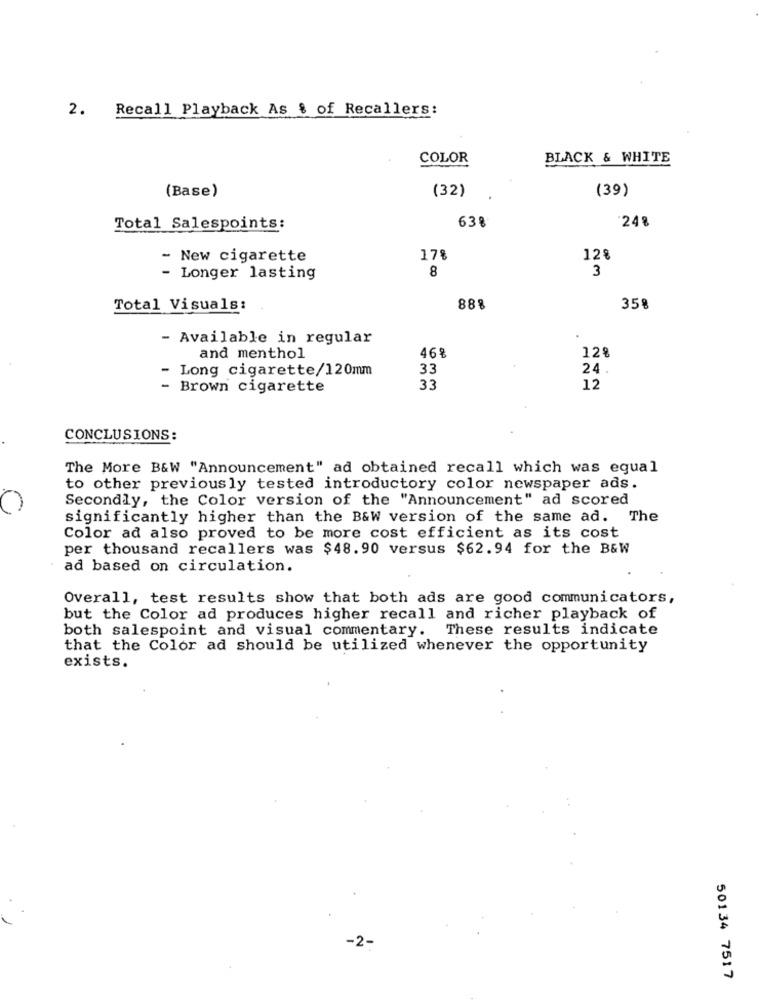
2. Recall Playback As % of Recallers:
COLOR
BLACK & WHITE
(Base)
(32)
(39)
638
"248
Total Salespoints:
- New cigarette
178
12%
8
3
- Longer lasting
Total Visuals:
888
35%
- Available in regular
469
128
and menthol
- Long cigarette/120mm
33
24
- Brown cigarette
33
12
CONCLUSIONS:
The More B&W "Announcement" ad obtained recall which was equal
to other previously tested introductory color newspaper ads.
Secondly, the Color version of the "Announcement" ad scored
significantly higher than the B&W version of the same ad. The
Color ad also proved to be more cost efficient as its cost
per thousand recallers was $48.90 versus $62.94 for the B&W
ad based on circulation.
Overall, test results show that both ads are good communicators,
but the Color ad produces higher recall and richer playback of
both salespoint and visual commentary. These results indicate
that the Color ad should be utilized whenever the opportunity
exists.
-2-
50134 7517